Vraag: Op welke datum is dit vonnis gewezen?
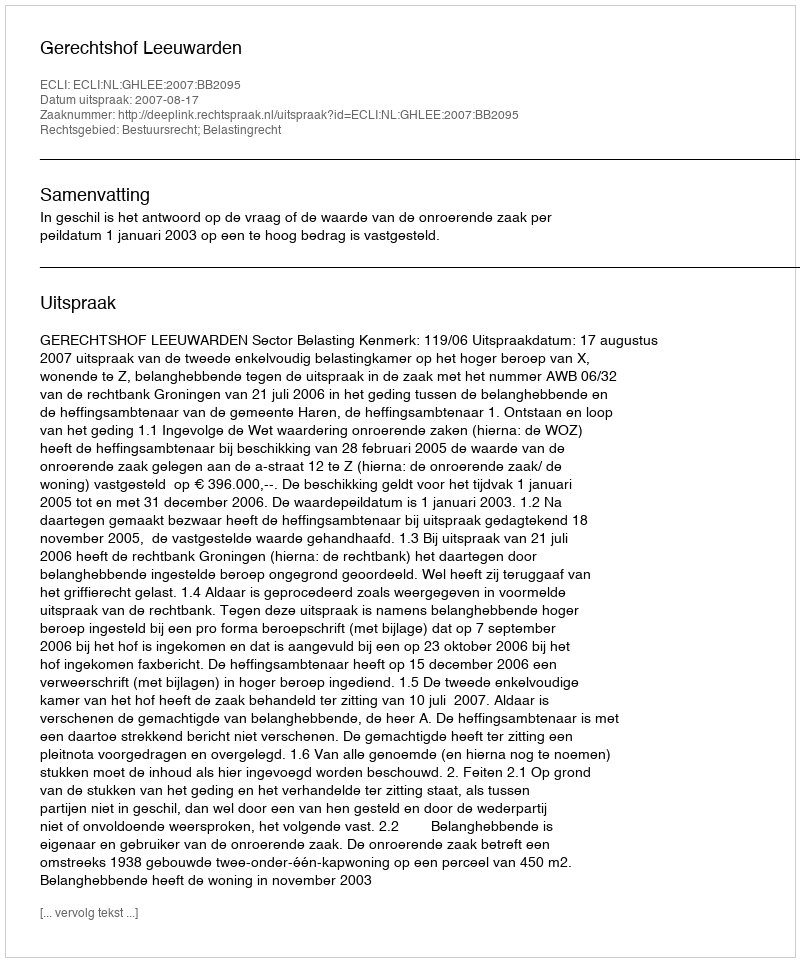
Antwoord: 2007-08-17